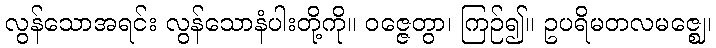
လွန်သောအရင်း လွန်သောနံပါးတို့ကို။ ဝဇ္ဇေတွာ၊ ကြဉ်၍။ ဥပရိမတလမဇ္ဈေ၊